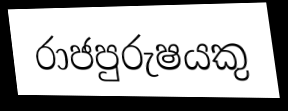
රාජපුරුෂයකු